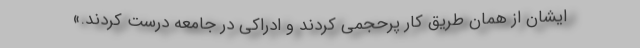
ایشان از همان طریق کار پرحجمی کردند و ادراکی در جامعه درست کردند.»